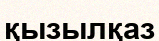
қызылқаз